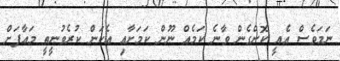
ނަމަވެސް އެއީ ކޮށްގެން ވާނެ ކަމެއް ނޫން ކަމަށާއި އެކަން ކުރެވުނީތީ މަޢާފަށް